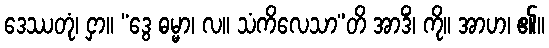
ဒေဿတုံ၊ ငှာ။ “ဒွေ ဓမ္မာ၊ လ။ သံကိလေသာ”တိ အာဒိံ၊ ကို။ အာဟ၊ ၏။